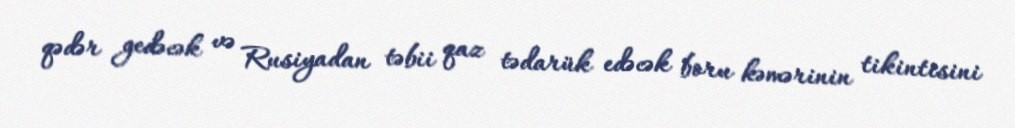
qədər gedəcək və Rusiyadan təbii qaz tədarük edəcək boru kəmərinin tikintisini